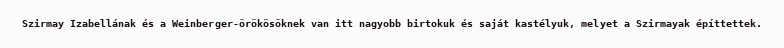
Szirmay Izabellának és a Weinberger-örökösöknek van itt nagyobb birtokuk és saját kastélyuk, melyet a Szirmayak építtettek.